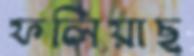
ফলিয়াছ